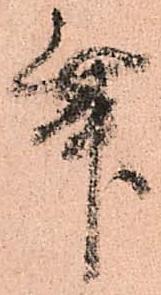
舞